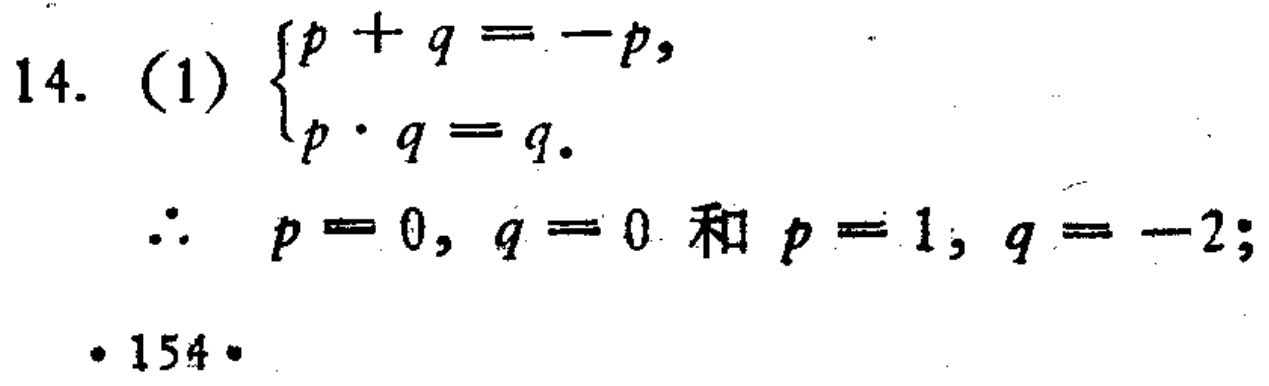
14. (1) \(\begin{cases}p + q = -p,\\p\cdot q = q.\end{cases}\)
\(\therefore p = 0, q = 0\) 和 \(p = 1, q = -2;\)
· 154 ·